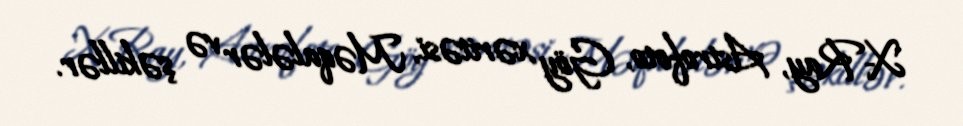
X-Ray, Astrofoto, Göy xəritəsi, Məqalələr və şəkillər.